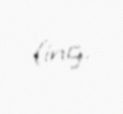
(ing.